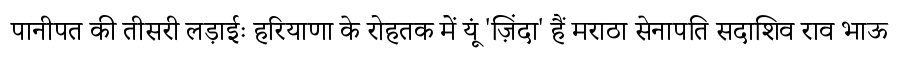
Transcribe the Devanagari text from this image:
पानीपत की तीसरी लड़ाईः हरियाणा के रोहतक में यूं 'ज़िंदा' हैं मराठा सेनापति सदाशिव राव भाऊ